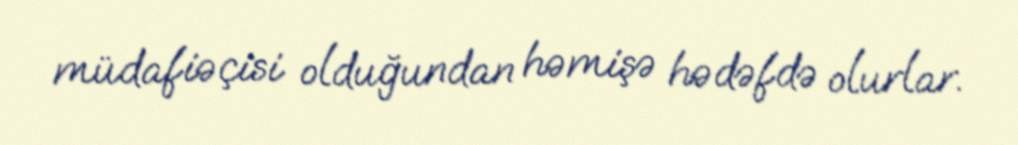
müdafiəçisi olduğundan həmişə hədəfdə olurlar.